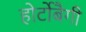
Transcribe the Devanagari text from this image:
होर्टोबैगी